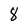
Character: 8